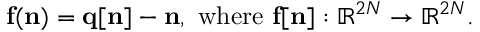
{ \displaystyle { \bf f } ( { \bf n } ) = { \bf q [ n ] - n } , ~ \mathrm { w h e r e } ~ { \bf f } [ { \bf n } ] : \mathbb { R } ^ { 2 N } \rightarrow \mathbb { R } ^ { 2 N } } .